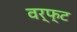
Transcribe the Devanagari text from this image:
वर्फ्ट